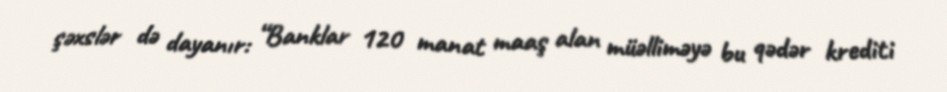
şəxslər də dayanır: “Banklar 120 manat maaş alan müəlliməyə bu qədər krediti